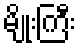
မျိုးကြီး